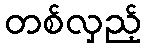
တစ်လှည့်